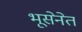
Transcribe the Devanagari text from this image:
भूसेनेत